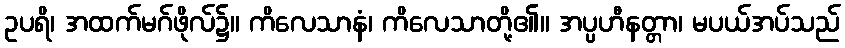
ဥပရိ၊ အထက်မဂ်ဖိုလ်၌။ ကိလေသာနံ၊ ကိလေသာတို့၏။ အပ္ပဟီနတ္တာ၊ မပယ်အပ်သည်